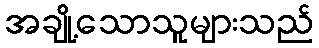
အချို့သောသူများသည်